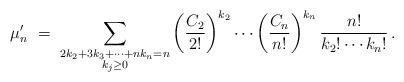
LaTeX: \begin{align*} \mu_{n}' \ = \ \sum_{\substack{2k_2 + 3k_3 + \cdots + nk_n = n\\ k_{j}\geq 0}} \left(\frac{C_{2}}{2!}\right)^{k_{2}} \cdots \left(\frac{C_{n}}{n!}\right)^{k_{n}}\frac{n!}{k_{2}! \cdots k_{n}!}\,.\end{align*}